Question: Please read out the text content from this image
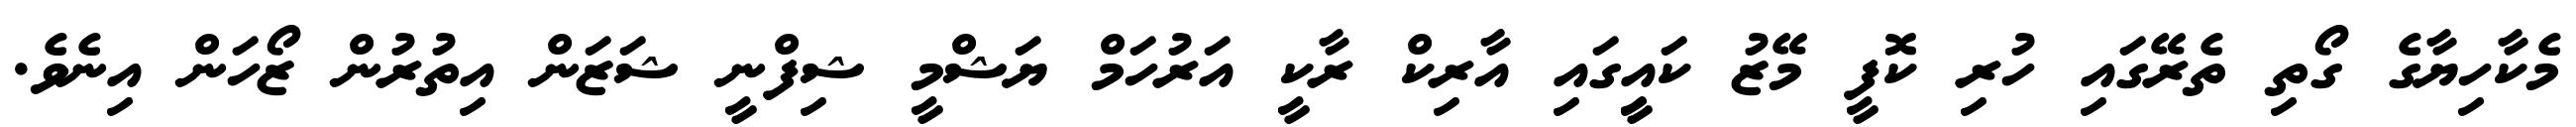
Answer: މެކާހިޔާގެ ގޯތި ތެރޭގައި ހުރި ކޮފީ މޭޒު ކައިީގައި އާރިކް ރާކީ އަރުހަމް ޔަޝްމީ ޝިފްނީ ޝަޒަން އިތުރުން ޒޯހަން އިނެވެ.